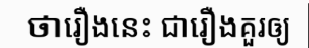
ថារឿងនេះ ជារឿងគួរឲ្យ